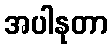
အပါနုတာ